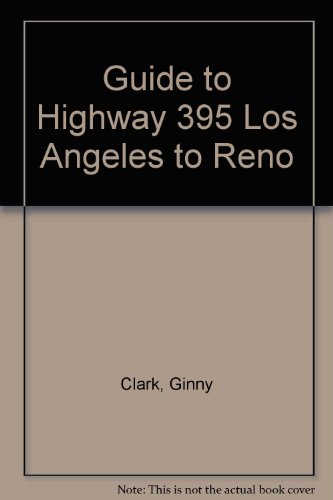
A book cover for Guide to Highway 395 Los Angeles to Reno; Virginia Clark; Travel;